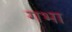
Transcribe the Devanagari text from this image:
गभा